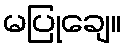
မပြုချေ။